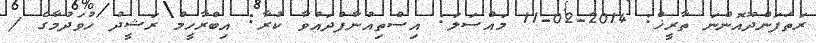
ރަތަފަންދޫއޮންނަ ތާރީޚް: 2014-02-11 މައްސަލަ: އިސްތިއުނާފްދައުވާ ކުރާ: އިބްރާހީމް ރަޝީދު ހުވަދުމާގެ /